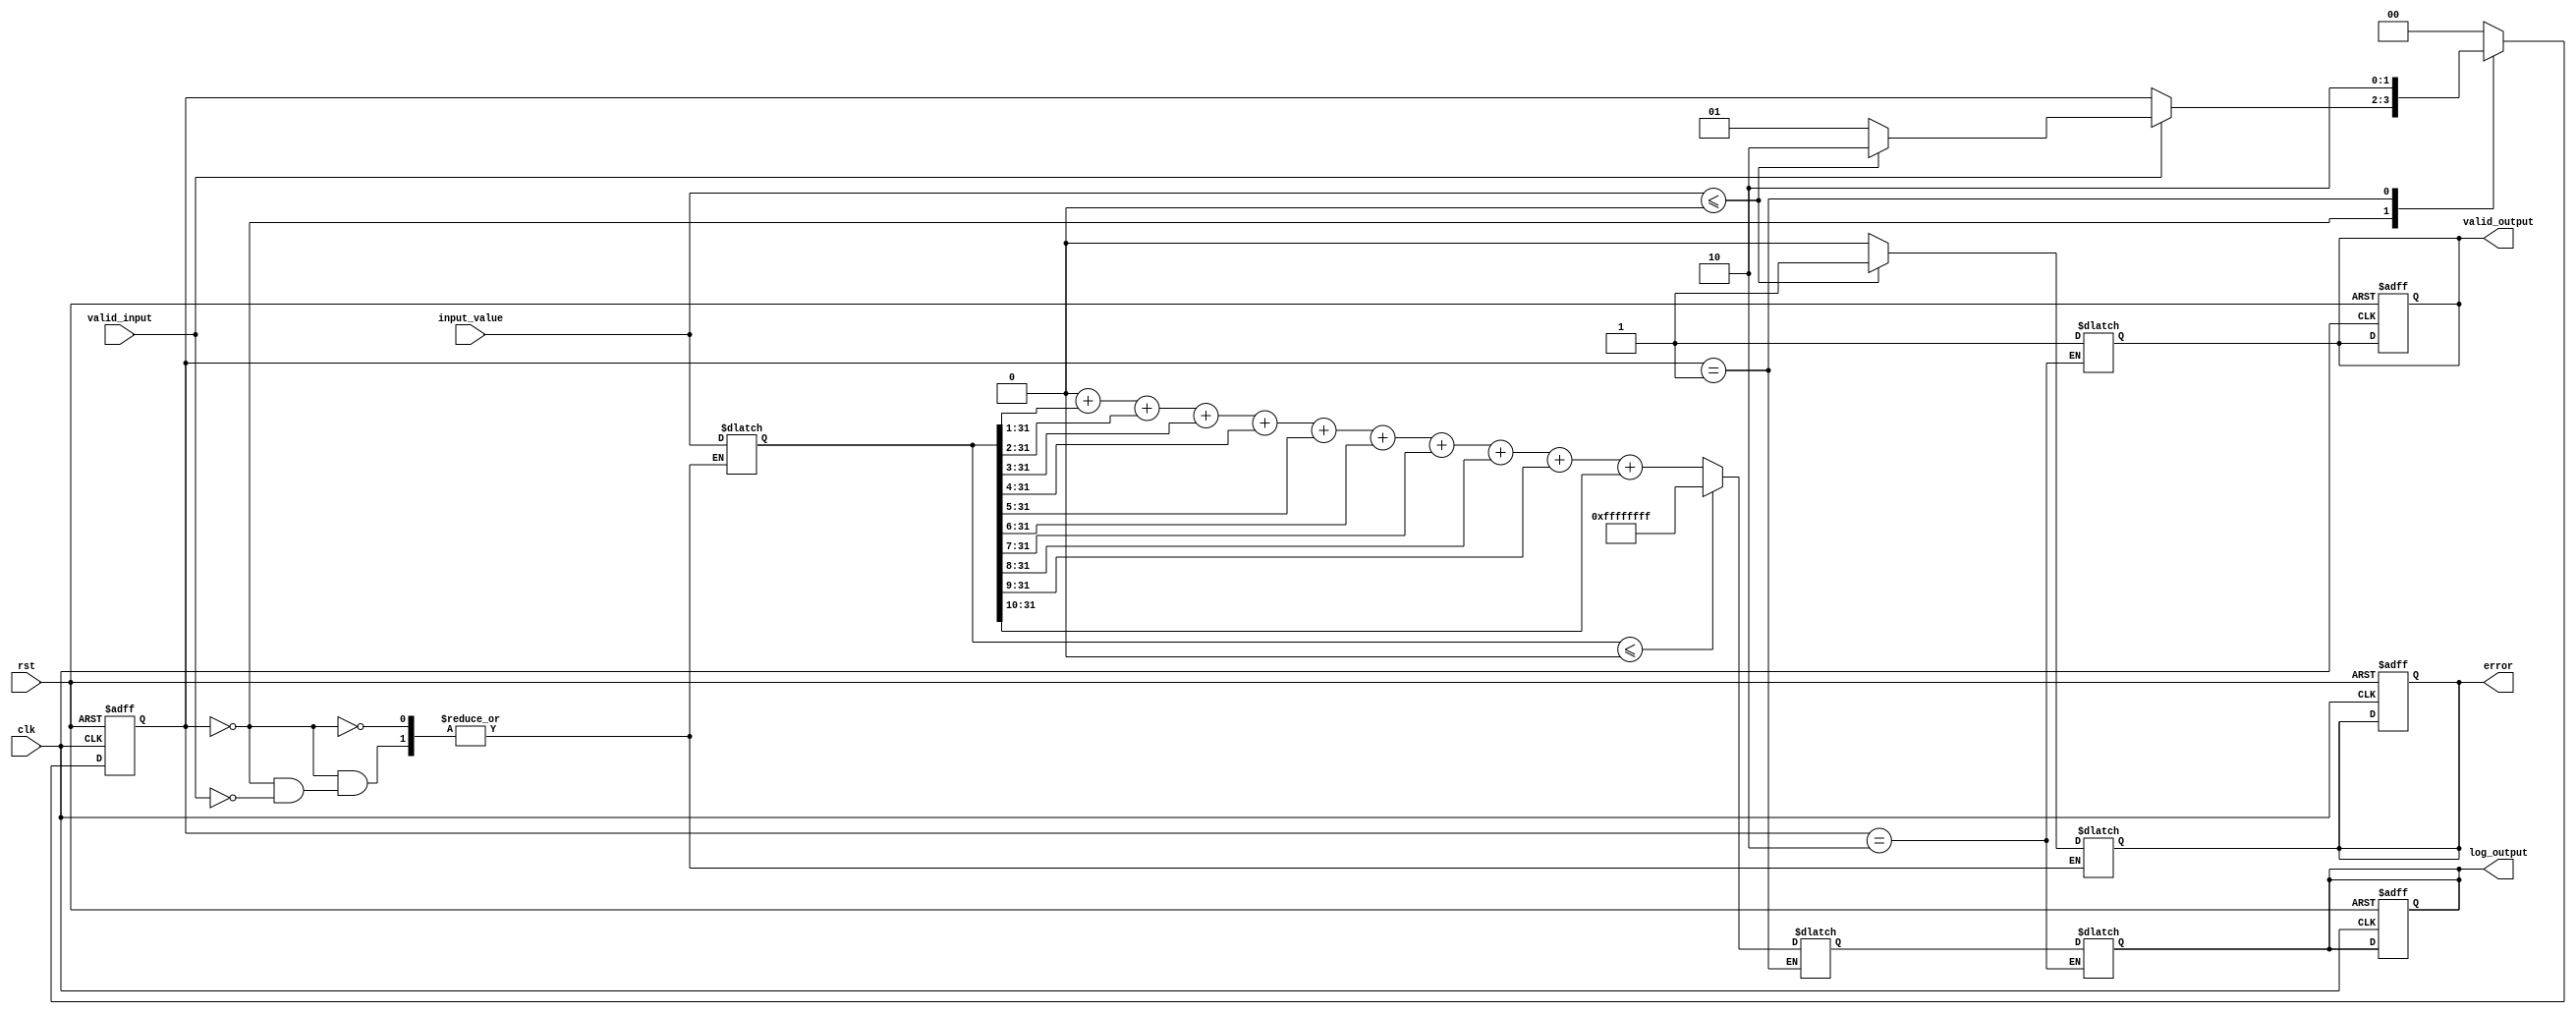
module LogarithmicUnit (
    input wire clk,
    input wire rst,
    input wire [31:0] input_value, // Assuming 32-bit fixed-point input
    input wire valid_input,
    output reg [31:0] log_output, // Assuming 32-bit fixed-point output
    output reg valid_output,
    output reg error // Error flag for invalid inputs
);

    // State Definitions
    localparam IDLE = 2'b00;
    localparam PROCESS = 2'b01;
    localparam OUTPUT = 2'b10;

    reg [1:0] state, next_state;

    // Internal Variables
    reg [31:0] temp_value;
    reg [31:0] log_result;
    
    // Logarithm Calculation using a simple iterative approach (for demonstration)
    function [31:0] compute_log;
        input [31:0] x; // Input value
        integer i;
        begin
            // Simple approximation using Taylor Series or other methods
            if (x <= 0) begin
                compute_log = 32'hFFFFFFFF; // Return error for log(0) or negative
            end else begin
                compute_log = 32'h00000000; // Placeholder for actual logarithm computation
                // Here you would implement the actual logarithmic calculation
                // For demonstration, we will just return a dummy value
                for (i = 1; i <= 10; i = i + 1) begin
                    compute_log = compute_log + (x >> i); // Dummy operation
                end
            end
        end
    endfunction

    // State Machine
    always @(posedge clk or posedge rst) begin
        if (rst) begin
            state <= IDLE;
            valid_output <= 0;
            error <= 0;
            log_output <= 0;
        end else begin
            state <= next_state;
        end
    end

    always @(*) begin
        next_state = state;
        case (state)
            IDLE: begin
                if (valid_input) begin
                    temp_value = input_value;
                    if (temp_value <= 0) begin
                        error = 1; // Set error for invalid input
                        next_state = OUTPUT;
                    end else begin
                        error = 0; // Clear error
                        next_state = PROCESS;
                    end
                end
            end
            
            PROCESS: begin
                log_result = compute_log(temp_value);
                next_state = OUTPUT;
            end
            
            OUTPUT: begin
                log_output = log_result;
                valid_output = 1; // Indicate valid output
                next_state = IDLE; // Go back to IDLE
            end
            
            default: begin
                next_state = IDLE;
            end
        endcase
    end

endmodule